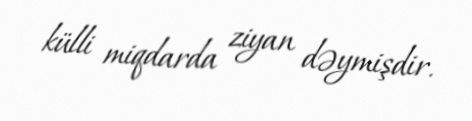
külli miqdarda ziyan dəymişdir.